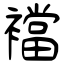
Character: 襠